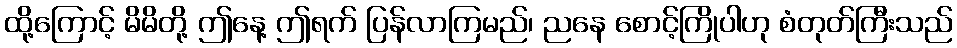
ထို့ကြောင့် မိမိတို့ ဤနေ့ ဤရက် ပြန်လာကြမည်၊ ညနေ စောင့်ကြိုပါဟု စံတုတ်ကြီးသည်